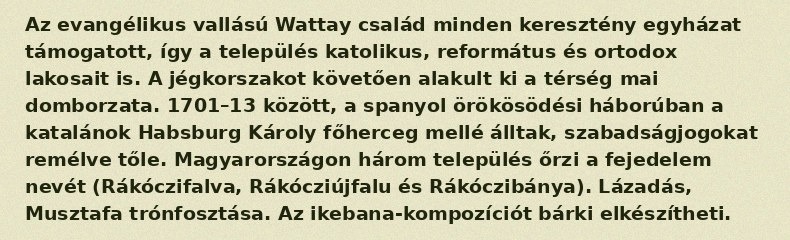
Az evangélikus vallású Wattay család minden keresztény egyházat támogatott, így a település katolikus, református és ortodox lakosait is. A jégkorszakot követően alakult ki a térség mai domborzata. 1701–13 között, a spanyol örökösödési háborúban a katalánok Habsburg Károly főherceg mellé álltak, szabadságjogokat remélve tőle. Magyarországon három település őrzi a fejedelem nevét (Rákóczifalva, Rákócziújfalu és Rákóczibánya). Lázadás, Musztafa trónfosztása. Az ikebana-kompozíciót bárki elkészítheti.